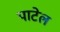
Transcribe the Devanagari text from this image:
पाटेल